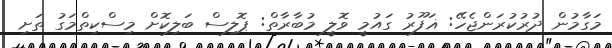
މަގާމުން ދުރުކުރަންޖެހޭ: ޣަފޫރު ގައުމީ ވޮލީ މުބާރާތް: ޕޮލިސް ބަލިކޮށް މިސްކިތްމަގު ތަށި